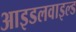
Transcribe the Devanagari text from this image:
आइडलवाइल्ड